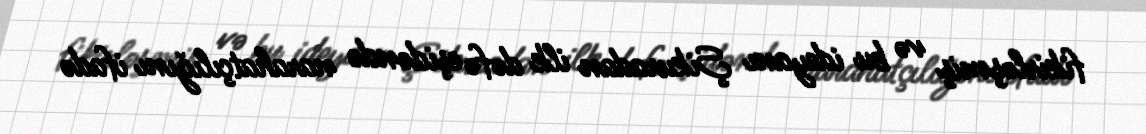
fikirləşmiş və bu ideyanı Şikuradan ilk dəfə eşidəndə narahatçılığını ifadə